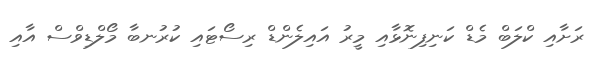
ރަށާއި ކްލަބް މެޑް ކަނިފިނޮޅާއި މީރު އައިލެންޑް ރިސޯޓައި ކުރުނބާ މޯލްޑިވްސް އާއި